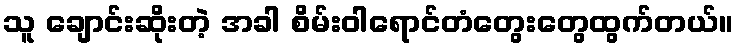
သူ ချောင်းဆိုးတဲ့ အခါ စိမ်းဝါရောင်တံတွေးတွေထွက်တယ်။